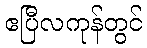
ဧပြီလကုန်တွင်